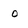
Character: 0